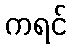
ကရင်